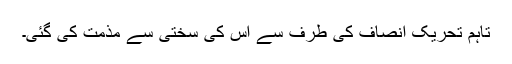
تاہم تحریک انصاف کی طرف سے اس کی سختی سے مذمت کی گئی۔